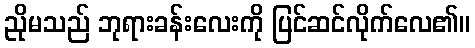
ညိုမသည် ဘုရားခန်းလေးကို ပြင်ဆင်လိုက်လေ၏။